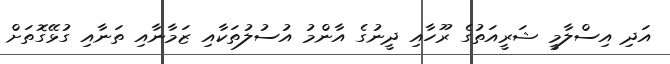
އަދި އިސްލާމީ ޝަރީއަތުގެ ރޫހާއި ދީނުގެ އާންމު އުސުލުތަކާއި ޒަމާނާއި ތަނާއި ގުޅޭގޮތަށް